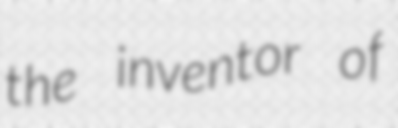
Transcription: the inventor of